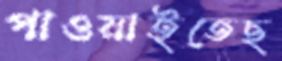
পাওয়াইতেছ